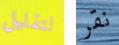
لتقليل نقر